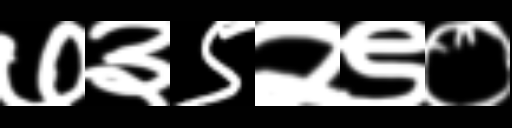
Text: ७३९२९०